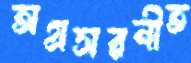
অগ্রসরনীত